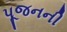
પૂજનની